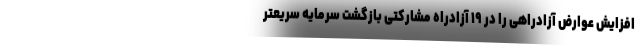
افزایش عوارض آزادراهی را در ۱۹ آزادراه مشارکتی بازگشت سرمایه سریعتر